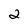
Character: 2